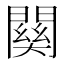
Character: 𮤚